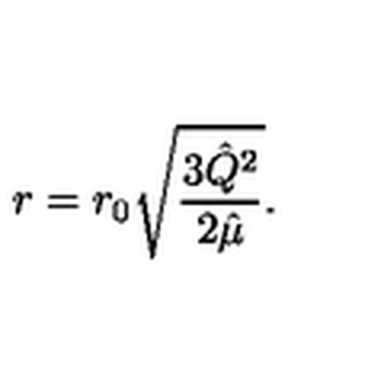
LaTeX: r = r _ { 0 } \sqrt { \frac { 3 { \hat { Q } } ^ { 2 } } { 2 { \hat { \mu } } } } .